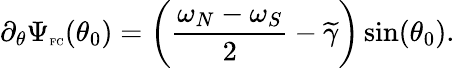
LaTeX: \partial_{\theta}\Psi_{\textnormal{\tiny{FC}}}(\theta_{0})=\left(\frac{\omega_{N}-\omega_{S}}{2}-\widetilde{\gamma}\right)\sin(\theta_{0}).